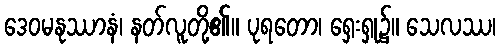
ဒေဝမနုဿာနံ၊ နတ်လူတို့၏။ ပုရတော၊ ရှေးရှု၌။ သေလဿ၊